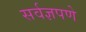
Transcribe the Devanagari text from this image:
सर्वज्ञपणे